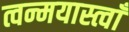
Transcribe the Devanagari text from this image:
त्वन्मयास्त्वाँ